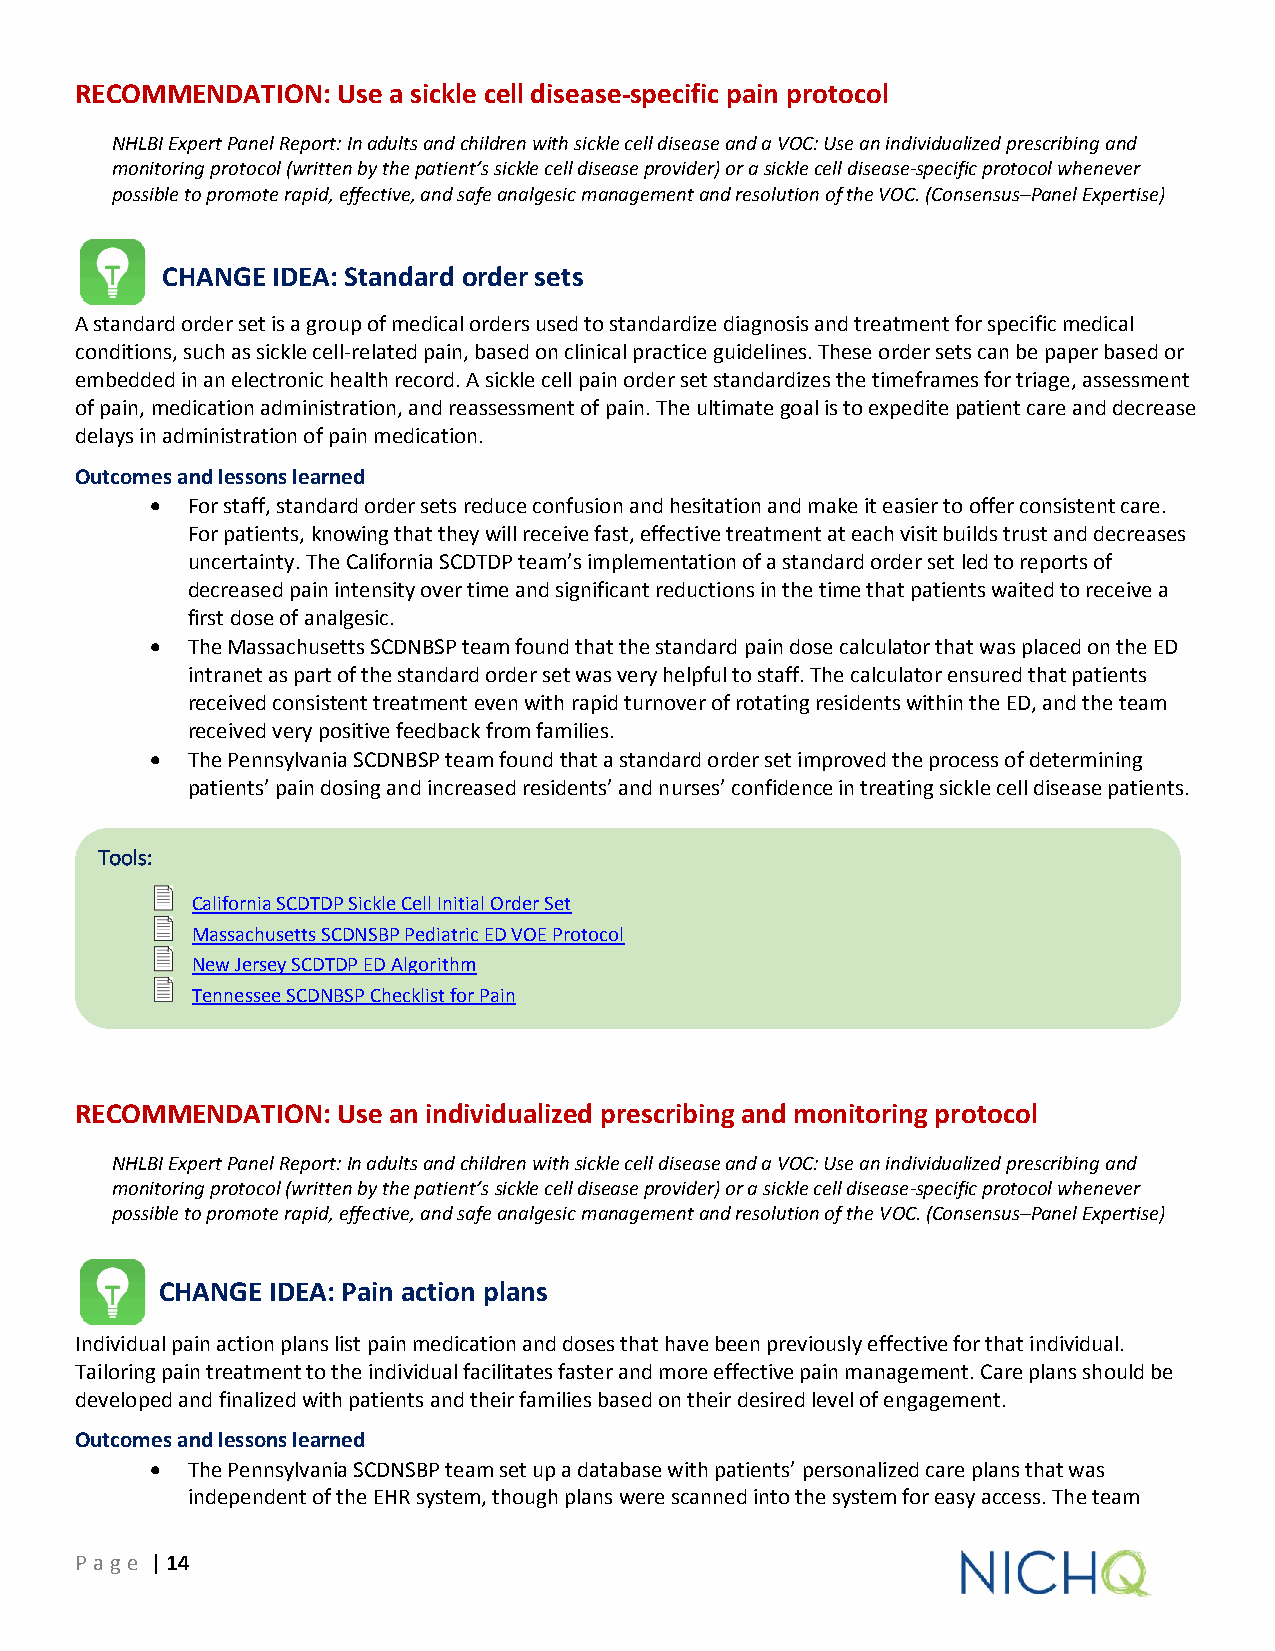
RECOMMENDATION:  Use a sickle cell disease-specific pain protocol
 NHLBI Expert Panel Report: In adults and children with sickle cell disease and a VOC: Use an individualized prescribing and
 monitoring protocol (written by the patient’s sickle cell disease provider) or a sickle cell disease-specific protocol whenever
 possible to promote rapid, effective, and safe analgesic management and resolution of the VOC. (Consensus–Panel Expertise)
 CHANGE IDEA: Standard order sets
 A standard order set is a group of medical orders used to standardize diagnosis and treatment for specific medical
 conditions, such as sickle cell-related pain, based on clinical practice guidelines. These order sets can be paper based or
 embedded in an electronic health record. A sickle cell pain order set standardizes the timeframes for triage, assessment
 of pain, medication administration, and reassessment of pain. The ultimate goal is to expedite patient care and decrease
 delays in administration of pain medication.
 Outcomes and lessons learned
  For staff, standard order sets reduce confusion and hesitation and make it easier to offer consistent care.
 For patients, knowing that they will receive fast, effective treatment at each visit builds trust and decreases
 uncertainty. The California SCDTDP team’s implementation of a standard order set led to reports of
 decreased pain intensity over time and significant reductions in the time that patients waited to receive a
 first dose of analgesic.
  The Massachusetts SCDNBSP team found that the standard pain dose calculator that was placed on the ED
 intranet as part of the standard order set was very helpful to staff. The calculator ensured that patients
 received consistent treatment even with rapid turnover of rotating residents within the ED, and the team
 received very positive feedback from families.
  The Pennsylvania SCDNBSP team found that a standard order set improved the process of determining
 patients’ pain dosing and increased residents’ and nurses’ confidence in treating sickle cell disease patients.
 Tools:
 California SCDTDP Sickle Cell Initial Order Set
 Massachusetts SCDNSBP Pediatric ED VOE Protocol
 New Jersey SCDTDP ED Algorithm
 Tennessee SCDNBSP Checklist for Pain
 RECOMMENDATION:  Use an individualized prescribing and monitoring protocol
 NHLBI Expert Panel Report: In adults and children with sickle cell disease and a VOC: Use an individualized prescribing and
 monitoring protocol (written by the patient’s sickle cell disease provider) or a sickle cell disease-specific protocol whenever
 possible to promote rapid, effective, and safe analgesic management and resolution of the VOC. (Consensus–Panel Expertise)
 CHANGE IDEA: Pain action plans
 Individual pain action plans list pain medication and doses that have been previously effective for that individual.
 Tailoring pain treatment to the individual facilitates faster and more effective pain management. Care plans should be
 developed and finalized with patients and their families based on their desired level of engagement.
 Outcomes and lessons learned
  The Pennsylvania SCDNSBP team set up a database with patients’ personalized care plans that was
 independent of the EHR system, though plans were scanned into the system for easy access. The team
 P age | 14